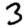
Digit: 3